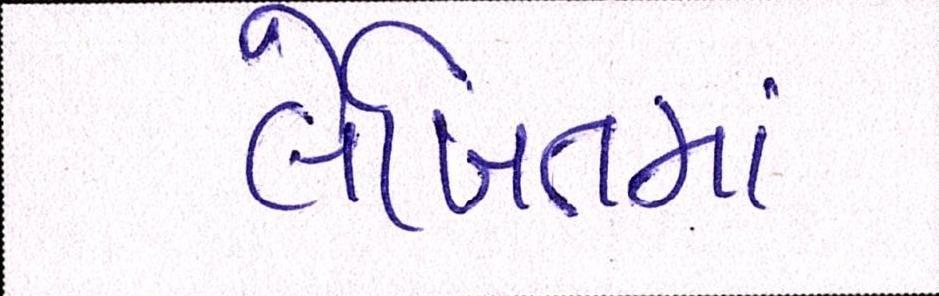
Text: લેખિતમાં